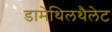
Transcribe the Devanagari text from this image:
डामेथिलथैलेट